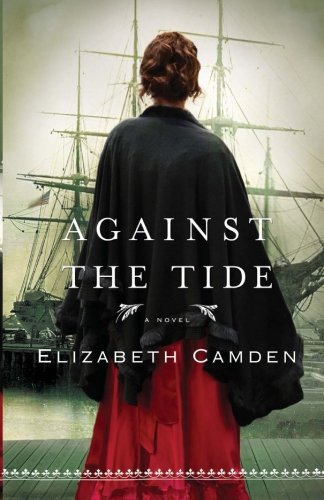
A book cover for Against the Tide; Elizabeth Camden; Romance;